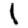
Digit: 1